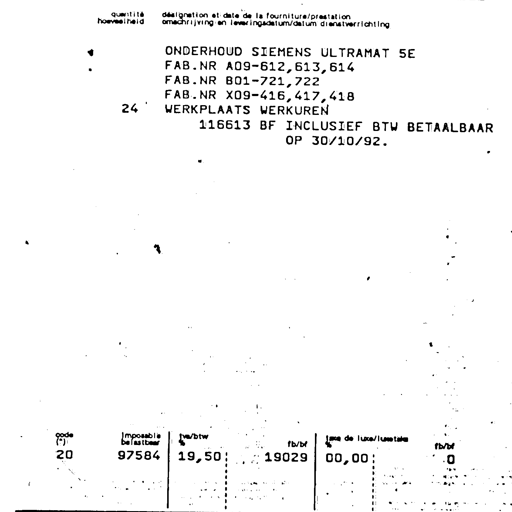
quantité
hoeveelheid

désignation et date de la fourniture/prestation
omschrijving en leveringsdatum/datum dienstverrichting

ONDERHOUD SIEMENS ULTRAMAT 5E
FAB.NR A09-612,613,614
FAB.NR B01-721,722
FAB.NR X09-416,417,418
24 WERKPLAATS WERKUREN
116613 BF INCLUSIEF BTW BETAALBAAR
OP 30/10/92.

code
(*)
imposable
belastbaar
tva/btw
%
fb/bf
taxe de luxe/luxetaks
%
fb/bf
20 97584 19,50 19029 00,00 0